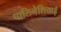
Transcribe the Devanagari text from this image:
पालिनेशियाई